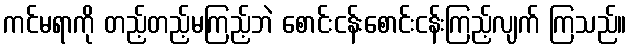
ကင်မရာကို တည့်တည့်မကြည့်ဘဲ စောင်းငန်းစောင်းငန်းကြည့်လျက် ကြသည်။